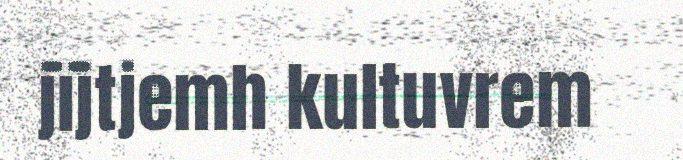
jïjtjemh kultuvrem